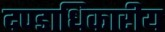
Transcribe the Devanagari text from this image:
दण्डाधिकारीय